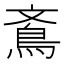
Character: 鴍